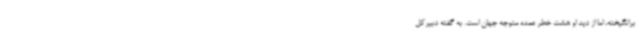
برانگیخته، اما از دید او هشت خطر عمده متوجه جهان است. به گفته دبیرکل